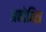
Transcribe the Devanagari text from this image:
अक्देनिझ